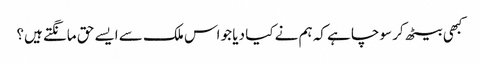
کبھی بیٹھ کر سوچا ہے کہ ہم نے کیا دیا جو اس ملک سے ایسے حق مانگتے ہیں؟